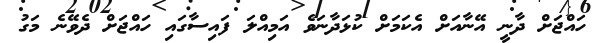
ހައްޖަށް ދާނީ އޭނާއަށް އެކަމަށް ކުޅަދާނަވެ އަމިއްލަ ފައިސާގައި ހައްޖަށް ދެވޭނެ މަގު